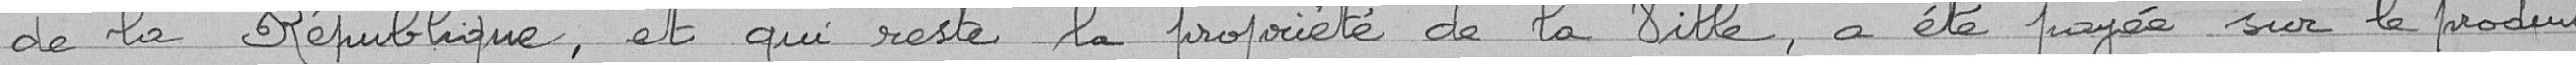
de la République, et qui reste la propriété de la Ville, a été payée sur le produit